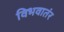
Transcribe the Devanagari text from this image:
विभवातंर